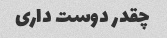
چقدر دوست داری